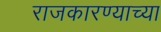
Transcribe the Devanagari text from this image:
राजकारण्याच्या